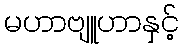
မဟာဗျူဟာနှင့်